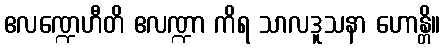
ဧလဏ္ဍေဟီတိ ဧလဏ္ဍာ ကိရ သာလဒူသနာ ဟောန္တိ။